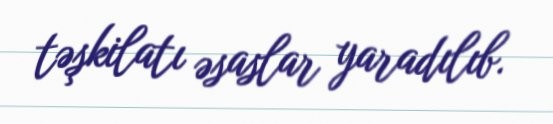
təşkilatı əsaslar yaradılıb.